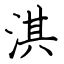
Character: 淇